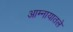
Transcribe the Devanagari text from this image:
आम्नायातले